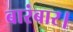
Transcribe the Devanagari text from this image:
बारंबार।